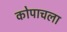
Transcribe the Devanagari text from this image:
कोपाचला